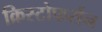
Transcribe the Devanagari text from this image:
क्रिस्टोफर्सन